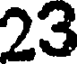
23